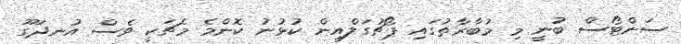
ސަންޓޯސް ބުނީ މި މުބާރާތުގައި ޕޯޗުގަލްއިން ކުޅުނު ކޮންމެ މެޗަކީ ވެސް އުނދަގޫ